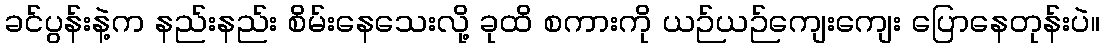
ခင်ပွန်းနဲ့က နည်းနည်း စိမ်းနေသေးလို့ ခုထိ စကားကို ယဉ်ယဉ်ကျေးကျေး ပြောနေတုန်းပဲ။